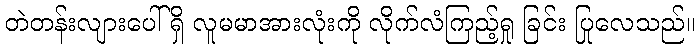
တဲတန်းလျားပေါ်ရှိ လူမမာအားလုံးကို လိုက်လံကြည့်ရှု ခြင်း ပြုလေသည်။